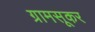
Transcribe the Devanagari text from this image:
ग्रामसूकर